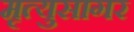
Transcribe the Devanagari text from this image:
मृत्युसागर